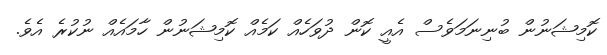
ކޮމިޝަނުން ބުނިނަމަވެސް އެއީ ކޮން ދުވަހެއް ކަމެއް ކޮމިޝަނުން ހާމައެއް ނުކުރެ އެވެ.